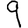
Digit: 9